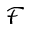
\mathcal { F }